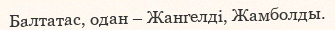
Балтатас, одан – Жангелді, Жамболды.